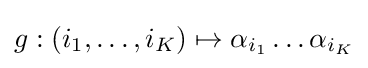
g:(i_{1},\ldots ,i_{K})\mapsto \alpha _{i_{1}}\ldots \alpha _{i_{K}}